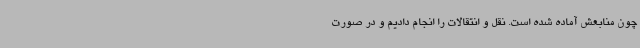
چون منابعش آماده شده است. نقل و انتقالات را انجام دادیم و در صورت